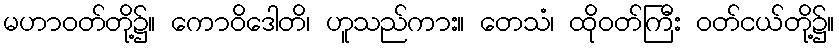
မဟာဝတ်တို့၌။ ကောဝိဒေါတိ၊ ဟူသည်ကား။ တေသံ၊ ထိုဝတ်ကြီး ဝတ်ငယ်တို့၌။